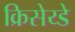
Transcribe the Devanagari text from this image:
क्रिसेय्डे